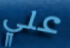
علي